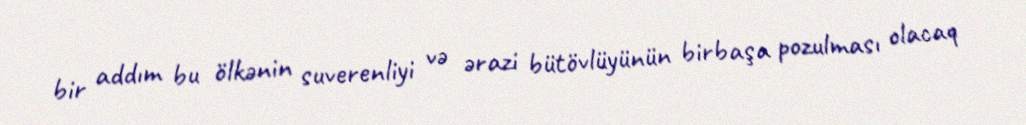
bir addım bu ölkənin suverenliyi və ərazi bütövlüyünün birbaşa pozulması olacaq